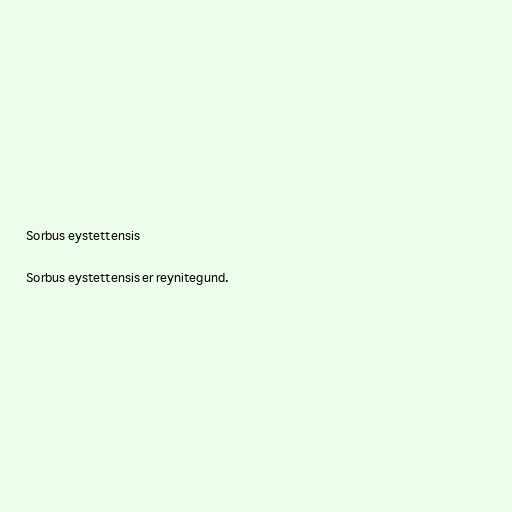
Sorbus eystettensis

Sorbus eystettensis er reynitegund.